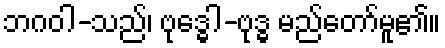
ဘဂဝါ-သည်၊ ဗုဒ္ဓေါ-ဗုဒ္ဓ မည်တော်မူ၏။